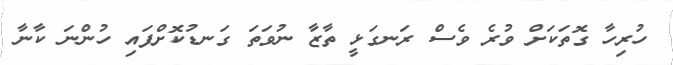
ހުރިހާ ގޮތަކަށް ވުރެ ވެސް ރަނގަޅީ ތާޒާ ނުވަތަ ގަނޑުކޮށްފައި ހުންނަ ކާނާ